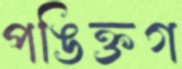
পঙিক্তগ